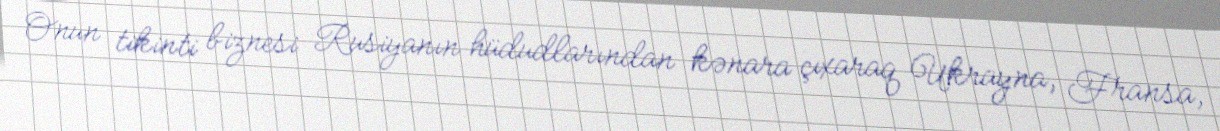
Onun tikinti biznesi Rusiyanın hüdudlarından kənara çıxaraq Ukrayna, Fransa,